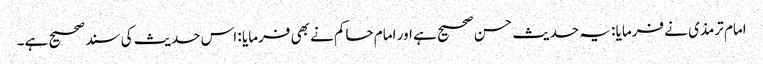
امام ترمذی نے فرمایا : یہ حدیث حسن صحیح ہے اور امام حاکم نے بھی فرمایا : اس حدیث کی سند صحیح ہے۔